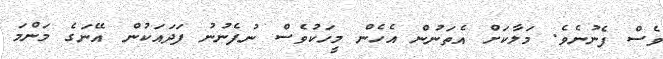
ވެސް ފެނުނެވެ. މަލާކަށް އެތަނުން އެހެން މީހަކުވެސް ނުފެނުނު ފަދައަކުން އޭނަގެ މަންމަ